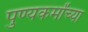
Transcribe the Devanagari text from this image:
पुण्यकर्मांच्या